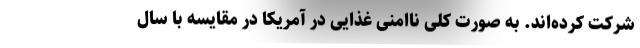
شرکت کرده‌اند. به صورت کلی ناامنی غذایی در آمریکا در مقایسه با سال